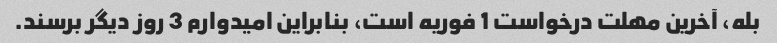
بله، آخرین مهلت درخواست 1 فوریه است، بنابراین امیدوارم 3 روز دیگر برسند.